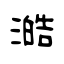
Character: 澔